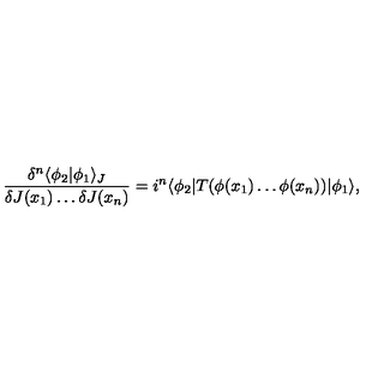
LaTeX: \frac { \delta ^ { n } \langle \phi _ { 2 } | \phi _ { 1 } \rangle _ { J } } { \delta J ( x _ { 1 } ) \ldots \delta J ( x _ { n } ) } = i ^ { n } \langle \phi _ { 2 } | T ( \phi ( x _ { 1 } ) \ldots \phi ( x _ { n } ) ) | \phi _ { 1 } \rangle ,